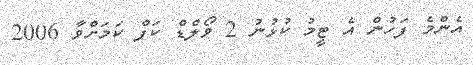
އެންމެ ފަހުން އެ ޓީމު ކުޅުނު 2 ވޯލްޑް ކަޕް ކަމަށްވާ 2006